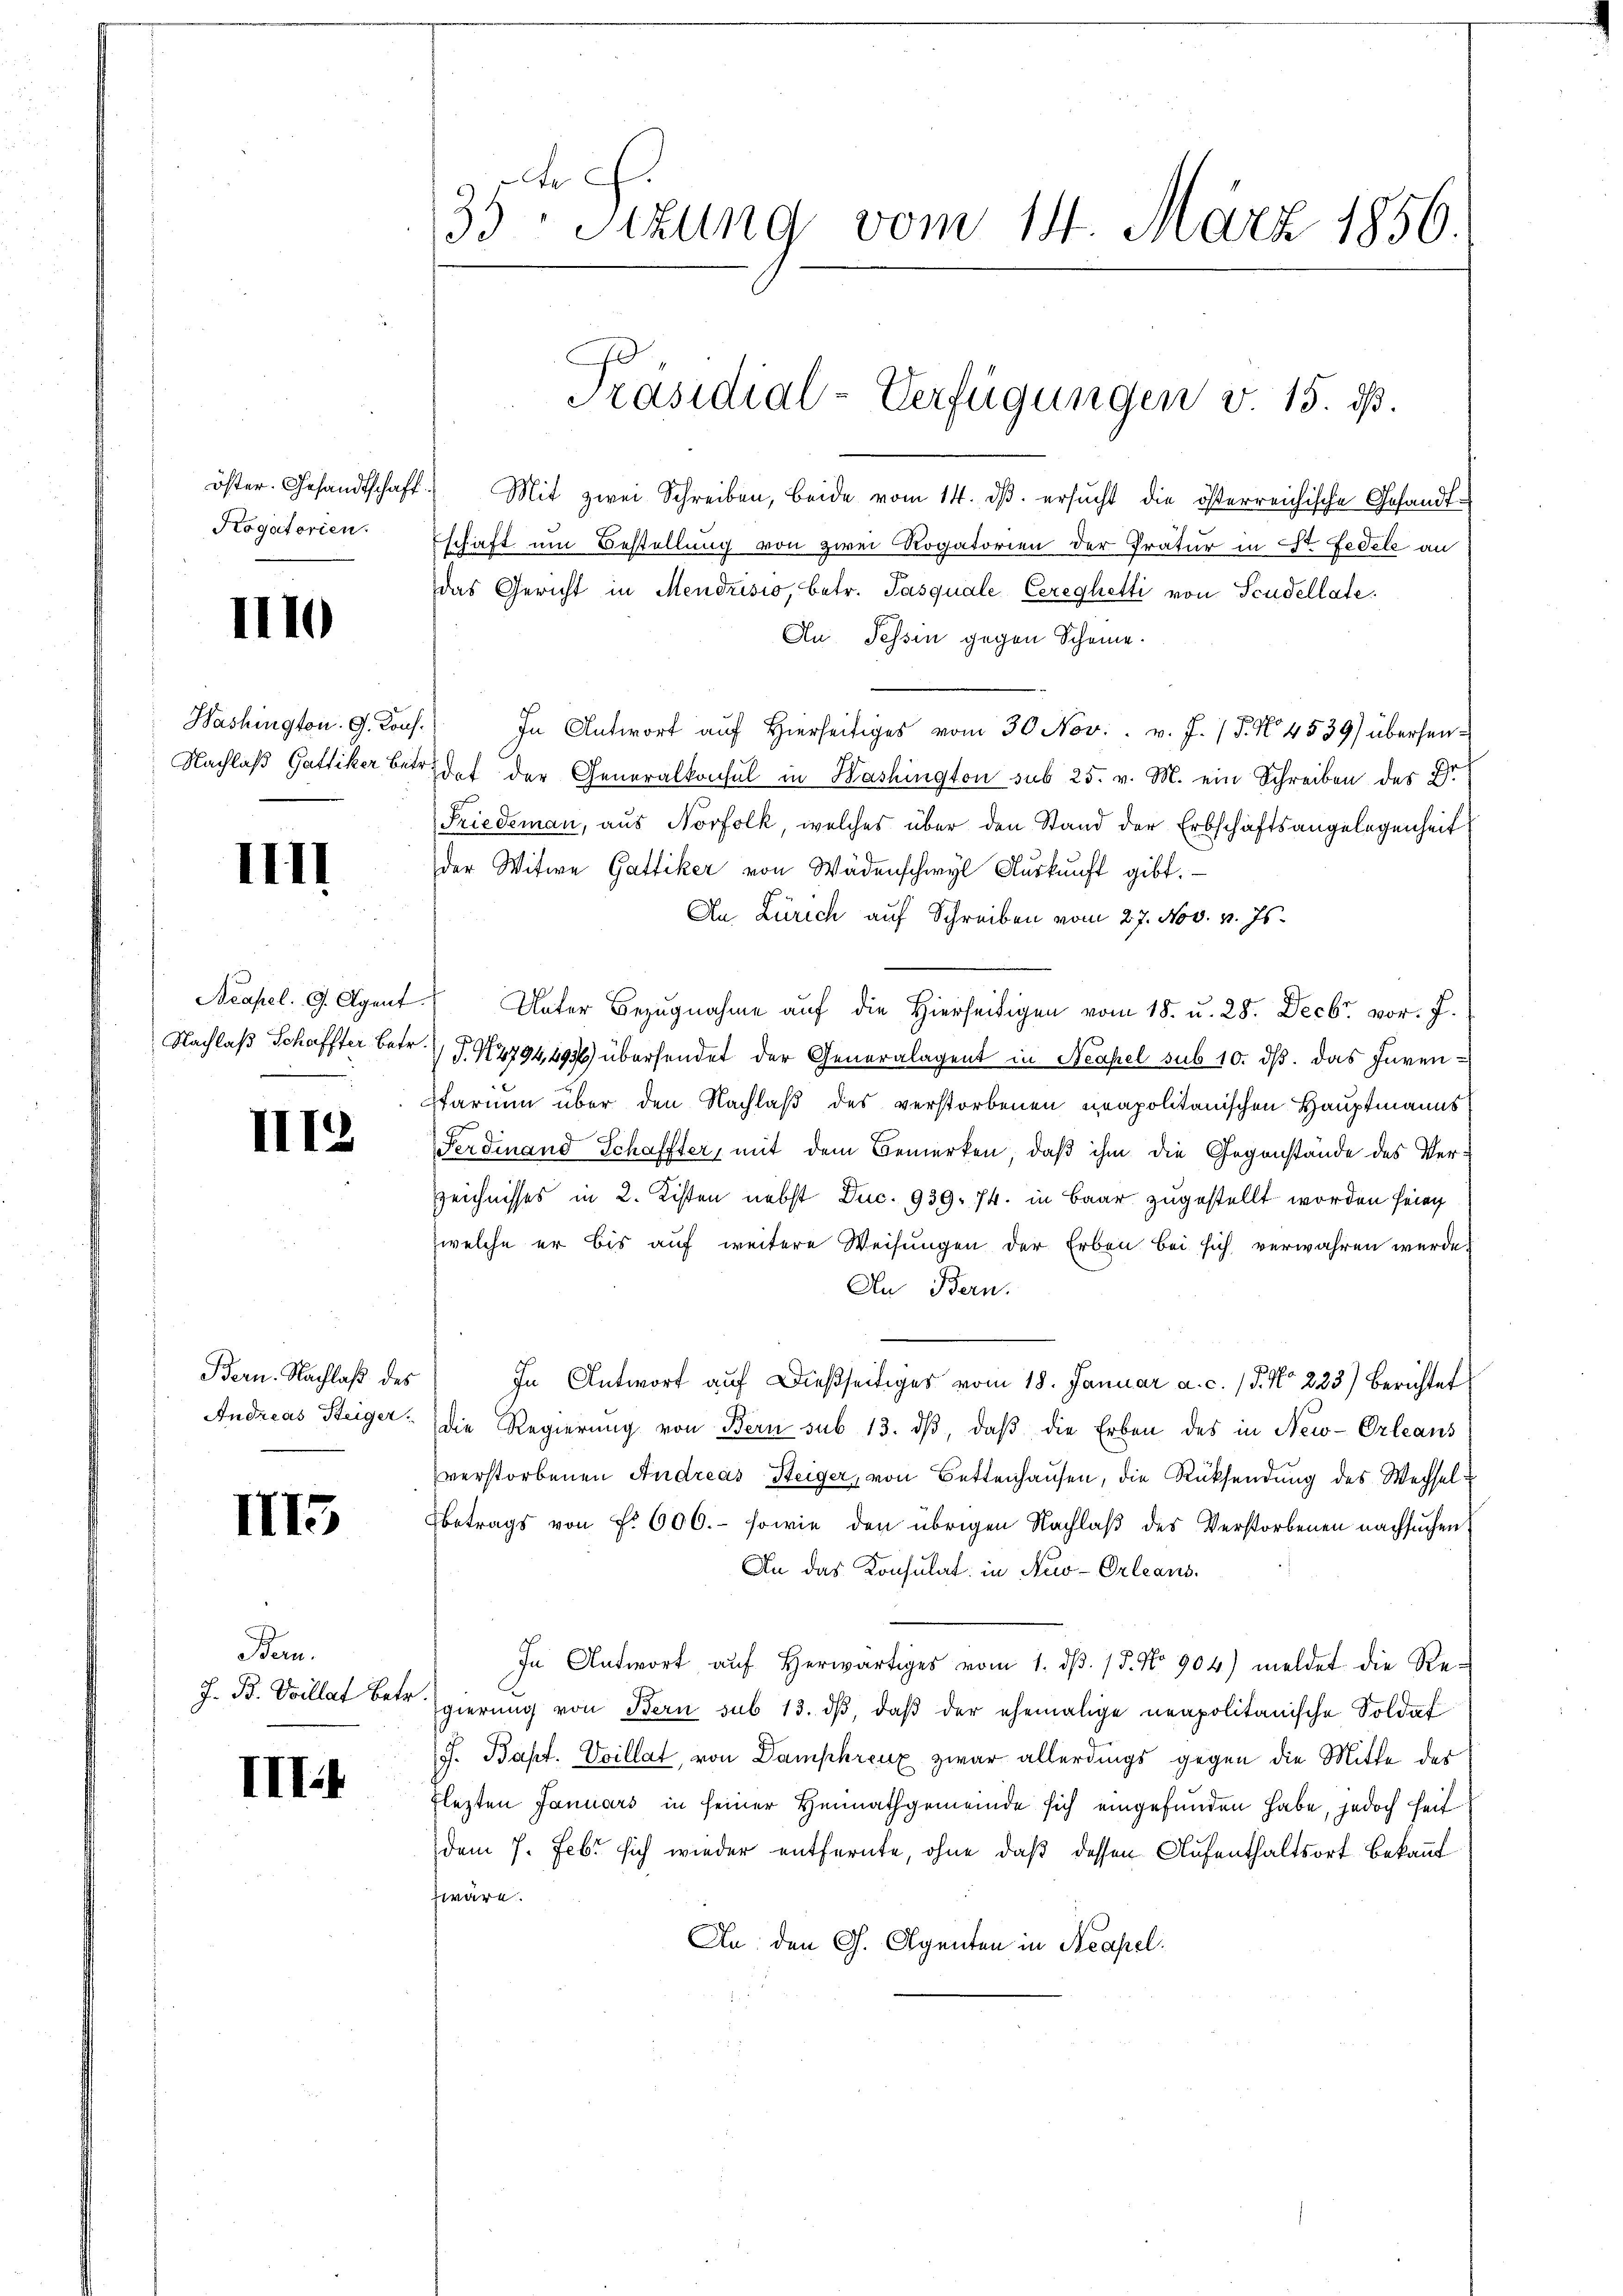
öster. Gesandtschaft.
Rogatorien.

III

Washington. G. Konf
Nachlaß Gattiker Bet

IIII

Acapel. G. Agent.
Nachlaß Schaffter betr.
x

III2

Bern. Nachlaß des
Andreas Steiger.

III5

Bern.
J. B. Villat Betr

III.

A
33: Sizung vom 14. März 1856.

Mit zwei Schreiben, beide vom 14. ds. ersucht die österreichische Gesandtschaft um Bestellung von zwei Rogatorien der Tratur in St. Fedele an
das Gericht in Mendrisio, betr. Pasquale Cereghetti von Scudellate.
Au, Tessin gegen Scheine.
In Antwort auf Hierseitiges vom 30. Nov. v. J. / 5. No 4539) übersendet der Generalkonsul in Washington sub 25. v. M. ein Schreiben des Er
Friedeman, aus Norfolk, welches über den Stand der Erbschäftsangelegenheit
der Witwe Gattiker von Wädenschwyl Auskunft gibt.
An Zürich auf Schreiben vom 27. Nov. v. Js.
Unter Bezugnahme auf die Hierseitigen vom 18. u. 28. Decbr. vor. J.
D
(S. 14794,497) übersendet der Generalagent in Neapel sub 10. ds. das Inven-
farium über den Nachlaß des verstorbenen neapolitanischen Hauptmanns
Ferdinand Schaffter, mit dem Bemerken, daß ihm die Gegenstände des Verzeichnisses in 2. Kisten nebst Duc. 939. 74. in Baar zugestellt worden feing
welche er bis auf weitere Weisungen der Erben bei sich verwahren werde.
An Bern.
In Antwort auf dießseitiges vom 18. Januar a. c. 15. No 223) Berichtet
die Regierŭng von Bern sub 13. dβ, daβ die Erben des in New-Orleans
verstorbenen Andreas Steiger, von Bettenhausen, die Rücksendung des Wechsel-
Betrags von f. 600.- sowie den übrigen Nachlaß des Verstorbenen nachsuchen,
An das Konsulat in New-Orleans
In Antwort aŭf herwärtiges vom 1. d. 15. No 904) meldet die Re-
gierung von Bern sub 13. dβ, daβ der ehemalige neapolitanische Soldat
J. Bapt. Voillat, von Damphreux zwar allerdings gegen die Mitte des
lezten Januars in seiner Heimathgemeinde sich eingefunden habe, jedoch heit
dem 7. Febr. sich wieder entfernte, ohne daß dessen Aufenthaltsort bekannt
wäre.
An den G. Agenten in Neapel.

Präsidial-Verfügungen v. 15. ds.